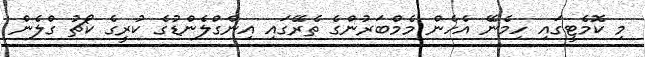
މި ކޮމެޓީގައި ހިމެނޭ އެހެން މެމްބަރުންގެ ތެރޭގައި އިންގްލެންޑުގެ ކުރީގެ ކޯޗު ގްލެން